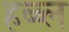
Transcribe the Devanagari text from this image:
हब्ब्ल